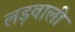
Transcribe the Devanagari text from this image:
लड़वाली